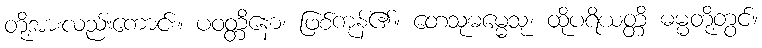
တို့အားလည်းကောင်း။ ပဝတ္တိနော၊ ဖြစ်ကုန်၏။ တေသုဓမ္မေသု၊ ထိုပရိယတ္တိ ဓမ္မတို့တွင်။